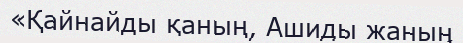
«Қайнайды қаның, Ашиды жаның